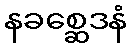
နခစ္ဆေဒနံ